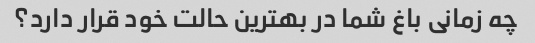
چه زمانی باغ شما در بهترین حالت خود قرار دارد؟